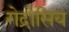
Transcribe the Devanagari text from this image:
गेद्रोसिय